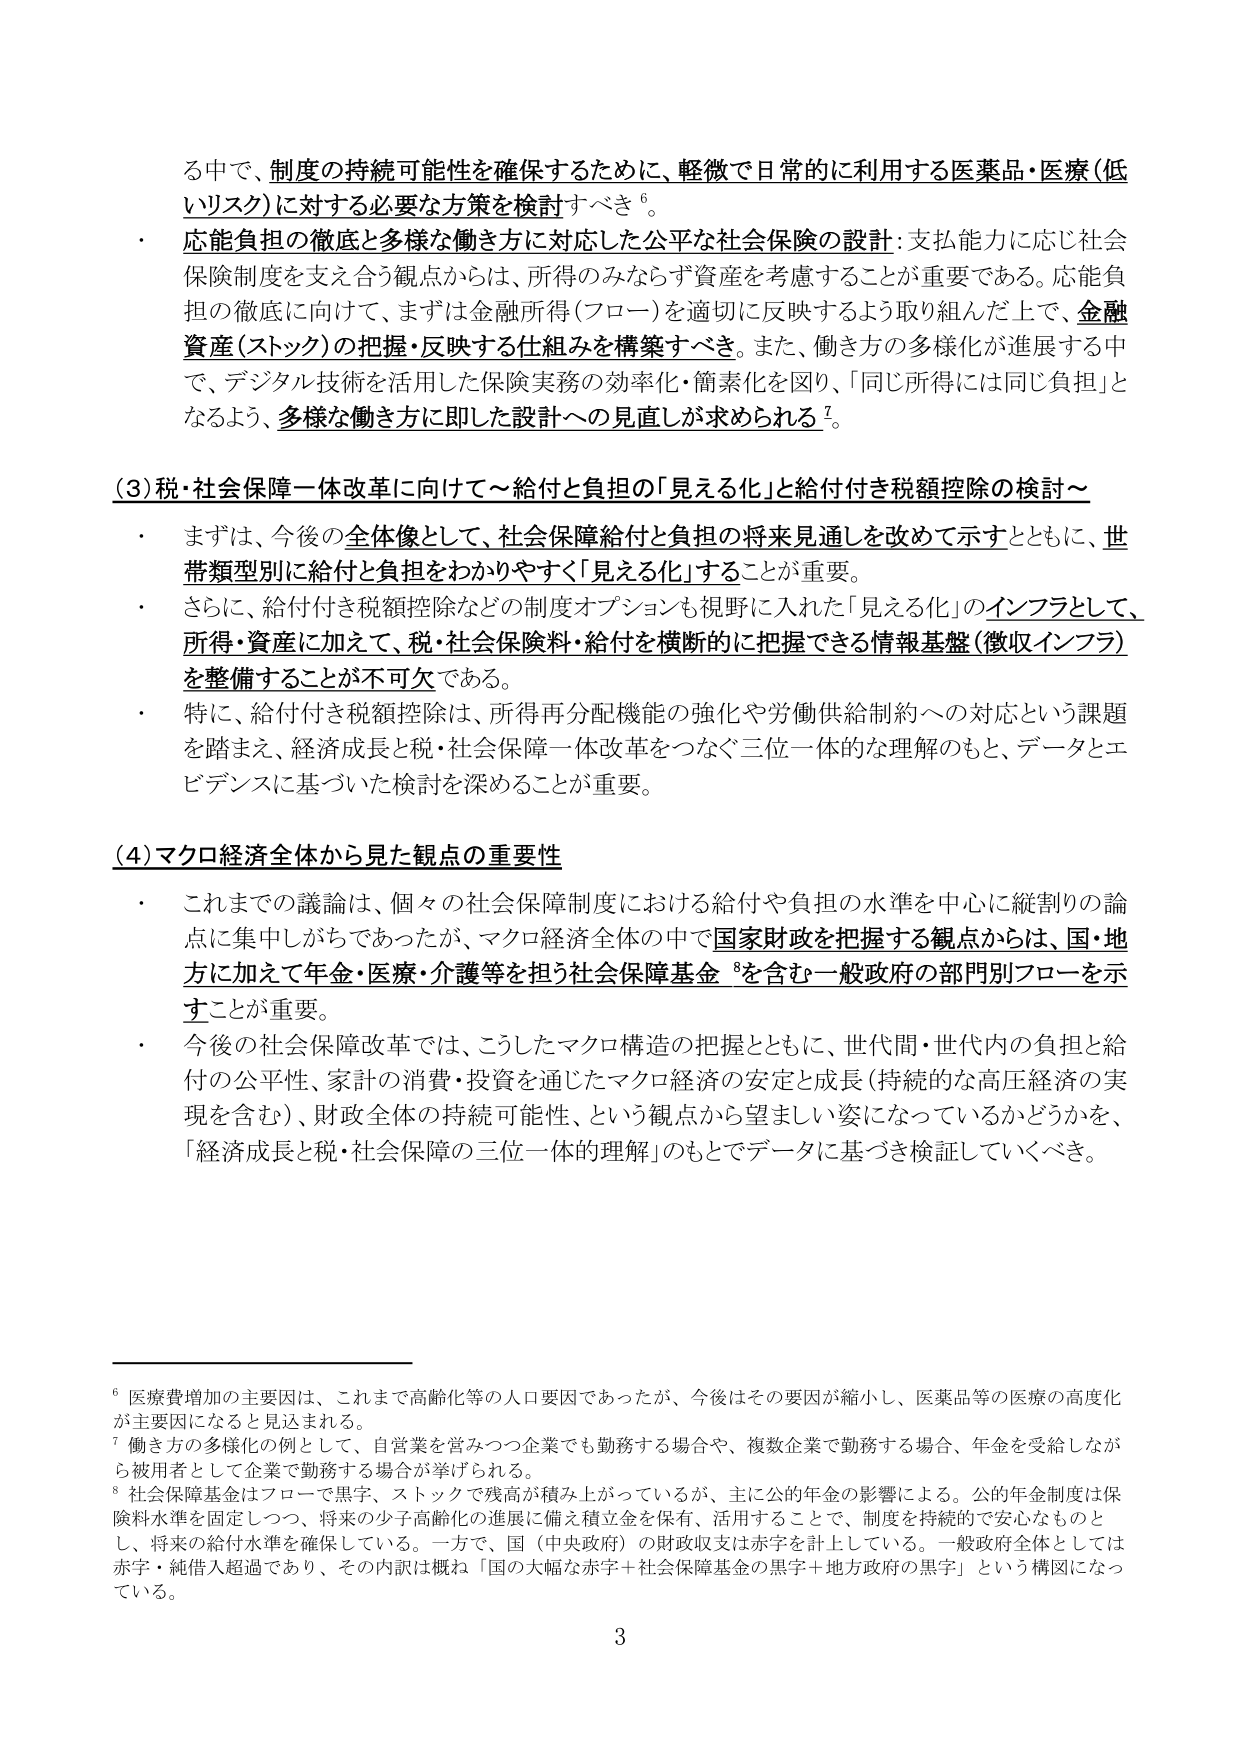
る中で、制度の持続可能性を確保するために、軽微で日常的に利用する医薬品・医療（低いリスク）に対する必要な方策を検討すべき⁶。

・応能負担の徹底と多様な働き方に対応した公平な社会保険の設計：支払能力に応じ社会保険制度を支え合う観点からは、所得のみならず資産を考慮することが重要である。応能負担の徹底に向けて、まずは金融所得（フロー）を適切に反映するよう取り組んだ上で、金融資産（ストック）の把握・反映する仕組みを構築すべき。また、働き方の多様化が進展する中で、デジタル技術を活用した保険実務の効率化・簡素化を図り、「同じ所得には同じ負担」となるよう、多様な働き方に即した設計への見直しが求められる⁷。

（3）税・社会保障一体改革に向けて～給付と負担の「見える化」と給付付き税額控除の検討～

・まずは、今後の全体像として、社会保障給付と負担の将来見通しを改めて示すとともに、世帯類型別に給付と負担をわかりやすく「見える化」することが重要。

・さらに、給付付き税額控除などの制度オプションも視野に入れた「見える化」のインフラとして、所得・資産に加えて、税・社会保険料・給付を横断的に把握できる情報基盤（徴収インフラ）を整備することが不可欠である。

・特に、給付付き税額控除は、所得再分配機能の強化や労働供給制約への対応という課題を踏まえ、経済成長と税・社会保障一体改革をつなぐ三位一体的な理解のもと、データとエビデンスに基づいた検討を深めることが重要。

（4）マクロ経済全体から見た観点の重要性

・これまでの議論は、個々の社会保障制度における給付や負担の水準を中心に縦割りの論点に集中しがちであったが、マクロ経済全体の中で国家財政を把握する観点からは、国・地方に加えて年金・医療・介護等を担う社会保障基金⁸を含む一般政府の部門別フローを示すことが重要。

・今後の社会保障改革では、こうしたマクロ構造の把握とともに、世代間・世代内の負担と給付の公平性、家計の消費・投資を通じたマクロ経済の安定と成長（持続的な高圧経済の実現を含む）、財政全体の持続可能性、という観点から望ましい姿になっているかどうかを、「経済成長と税・社会保障の三位一体的理解」のもとでデータに基づき検証していくべき。

⁶ 医療費増加の主因は、これまで高齢化等の人口要因であったが、今後はその要因が縮小し、医薬品等の医療の高度化が主因になると見込まれる。

⁷ 働き方の多様化の例として、自営業を営みつつ企業でも勤務する場合や、複数企業で勤務する場合、年金を受給しながら被用者として企業で勤務する場合が挙げられる。

⁸ 社会保障基金はフローで黒字、ストックで残高が積み上がっているが、主に公的年金の影響による。公的年金制度は保険料水準を固定しつつ、将来の少子高齢化の進展に備え積立金を保有、活用することで、制度を持続的で安心なものとし、将来の給付水準を確保している。一方で、国（中央政府）の財政収支は赤字を計上している。一般政府全体としては赤字・純借入超過であり、その内訳は概ね「国の大幅な赤字＋社会保障基金の黒字＋地方政府の黒字」という構図になっている。

3